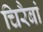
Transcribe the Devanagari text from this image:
चिरैबां